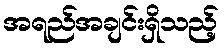
အရည်အချင်းရှိသည့်